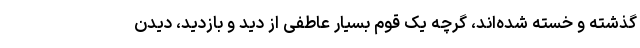
گذشته و خسته شده‌اند، گرچه یک قوم بسیار عاطفی از دید و بازدید، دیدن